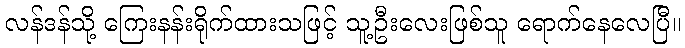
လန်ဒန်သို့ ကြေးနန်းရိုက်ထားသဖြင့် သူ့ဦးလေးဖြစ်သူ ရောက်နေလေပြီ။